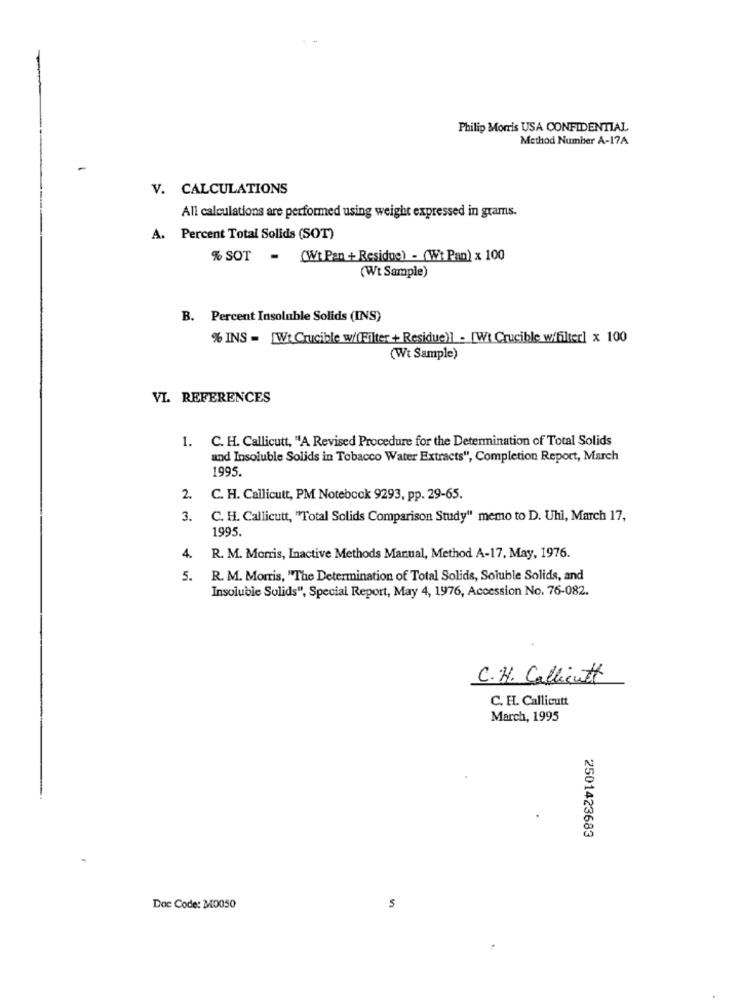
Philip Morris USA CONFIDENTIAL
Method Number A-17A
-
V. CALCULATIONS
All calculations are performed using weight expressed in grams.
A. Percent Total Solids (SOT)
% SOT - (Wt Pan + Residue) - (Wt Pan) x 100
(Wt Sample)
B. Percent Insoluble Solids (INS)
% INS - [Wt Crucible w/(Filter + Residue)] - [W] Crucible w/filter] x 100
(Wt Sample)
VI. REFERENCES
1. C. H. Callicutt, "A Revised Procedure for the Determination of Total Solids
and Insoluble Solids in Tobacco Water Extracts", Completion Report, March
1995.
2. C. H. Callicutt, PM Notebook 9293, pp. 29-65.
3.
C. H. Callicutt, "Total Solids Comparison Study" memo to D. Uhl, March 17,
1995.
4.
R. M. Morris, Inactive Methods Manual, Method A-17, May, 1976.
5.
R. M. Morris, "The Determination of Total Solids, Soluble Solids, and
Insoluble Solids", Special Report, May 4, 1976, Accession No. 76-082.
C.H. Callicutt
C. H. Callicutt
March, 1995
2501423683
Doc Code: 30050